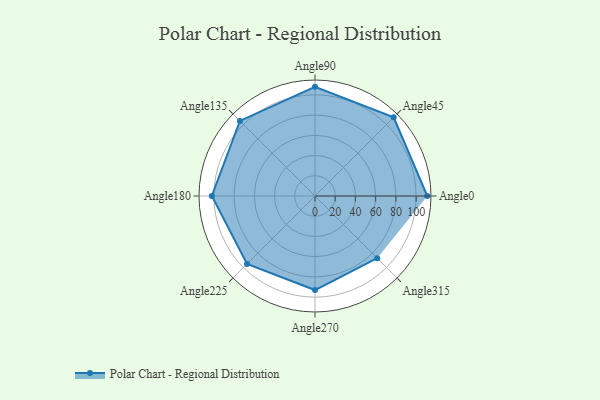
{"axis": {"x": "Angle", "y": "Radius"}, "legend": [""], "data": [{"x": "Angle0", "y": 111.0, "type": ""}, {"x": "Angle45", "y": 110.0, "type": ""}, {"x": "Angle90", "y": 108.0, "type": ""}, {"x": "Angle135", "y": 105.0, "type": ""}, {"x": "Angle180", "y": 102.0, "type": ""}, {"x": "Angle225", "y": 95.0, "type": ""}, {"x": "Angle270", "y": 93.0, "type": ""}, {"x": "Angle315", "y": 87.0, "type": ""}]}